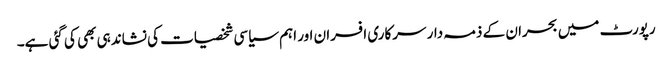
رپورٹ میں بحران کے ذمہ دار سرکاری افسران اور اہم سیاسی شخصیات کی نشاندہی بھی کی گئی ہے۔